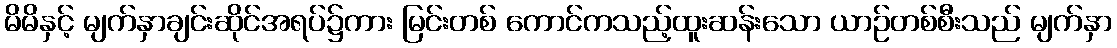
မိမိနှင့် မျက်နှာချင်းဆိုင်အရပ်၌ကား မြင်းတစ် ကောင်ကသည့်ထူးဆန်းသော ယာဉ်တစ်စီးသည် မျက်နှာ